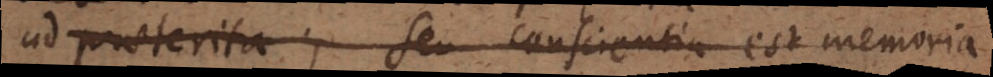
ad praeterita; seu conscientia est memoria